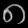
Digit: ၈